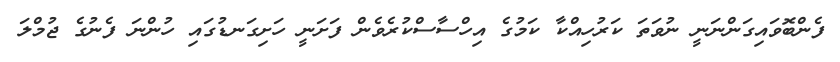
ފެންބޮވައިގަންނަނީ ނުވަތަ ކަރުހިއްކާ ކަމުގެ އިހްސާސްކުރެވެން ފަށަނީ ހަށިގަނޑުގައި ހުންނަ ފެނުގެ ޖުމްލަ